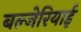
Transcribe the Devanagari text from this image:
बल्जेरियाई